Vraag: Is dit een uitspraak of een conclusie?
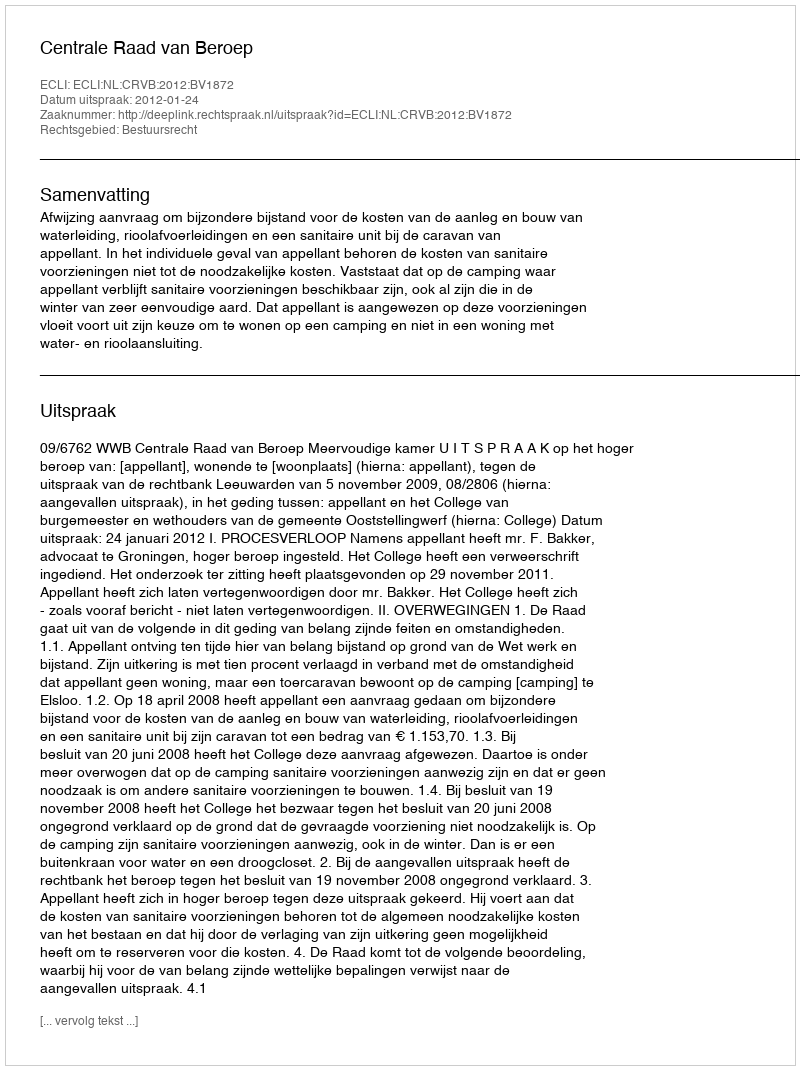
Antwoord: Uitspraak